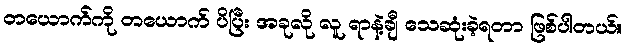
တယောက်ကို တယောက် ပိပြီး အခုလို လူ ရာနဲ့ချီ သေဆုံးခဲ့ရတာ ဖြစ်ပါတယ်။